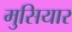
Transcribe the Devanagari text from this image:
मुसियार